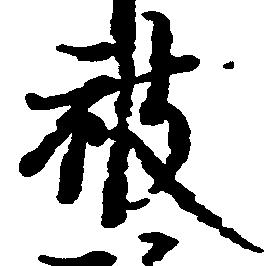
被